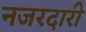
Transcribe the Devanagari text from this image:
नजरदारी